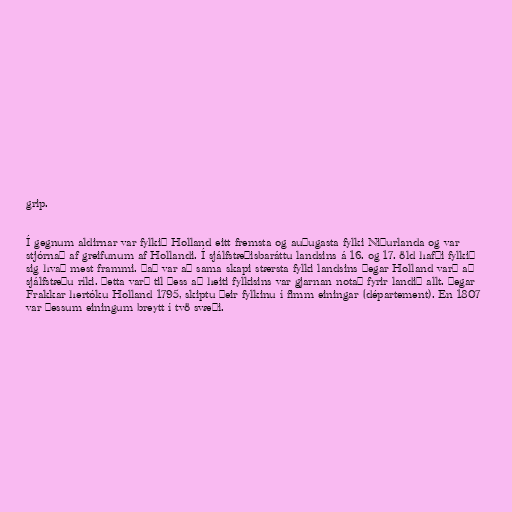
grip.

Í gegnum aldirnar var fylkið Holland eitt fremsta og auðugasta fylki Niðurlanda og var
stjórnað af greifunum af Hollandi. Í sjálfstæðisbaráttu landsins á 16. og 17. öld hafði fylkið
sig hvað mest frammi. Það var að sama skapi stærsta fylki landsins þegar Holland varð að
sjálfstæðu ríki. Þetta varð til þess að heiti fylkisins var gjarnan notað fyrir landið allt. Þegar
Frakkar hertóku Holland 1795, skiptu þeir fylkinu í fimm einingar (département). En 1807
var þessum einingum breytt í tvö svæði.